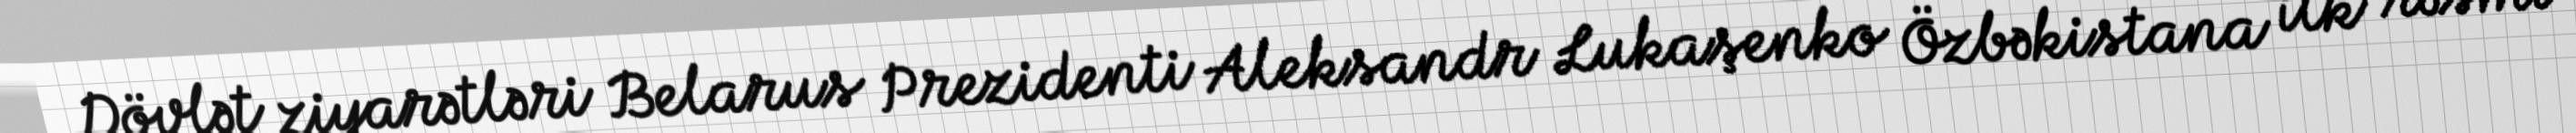
Dövlət ziyarətləri Belarus Prezidenti Aleksandr Lukaşenko Özbəkistana ilk rəsmi